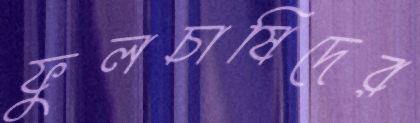
ফুলচাষিদের